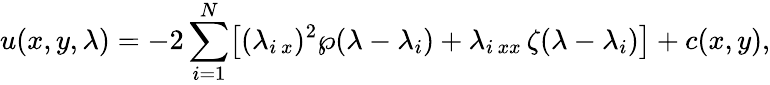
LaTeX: u(x,y,\lambda)=-2\sum_{i=1}^{N}\bigl[(\lambda_{i\, x})^{2}\wp(\lambda-\lambda_{i})+\lambda_{i\, xx}\, \zeta(\lambda-\lambda_{i})\bigr]+c(x,y),